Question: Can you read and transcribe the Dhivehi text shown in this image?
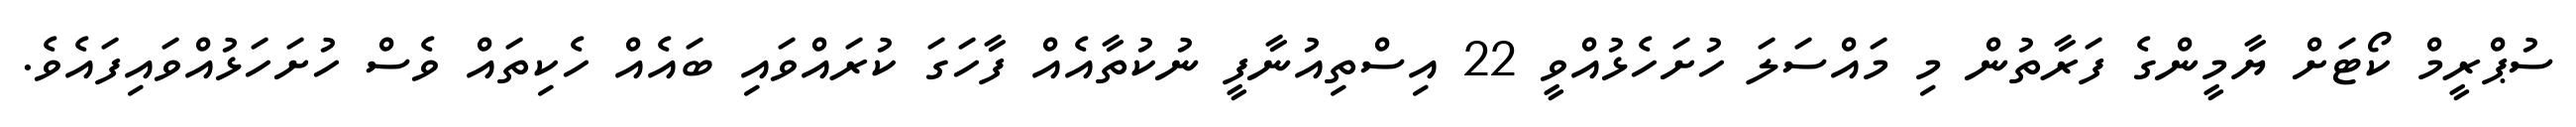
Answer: ސުޕްރީމް ކޯޓަށް ޔާމީންގެ ފަރާތުން މި މައްސަލަ ހުށަހެޅުއްވީ 22 އިސްތިއުނާފީ ނުކުތާއެއް ފާހަގަ ކުރައްވައި ބައެއް ހެކިތައް ވެސް ހުށަހަޅުއްވައިފައެވެ.